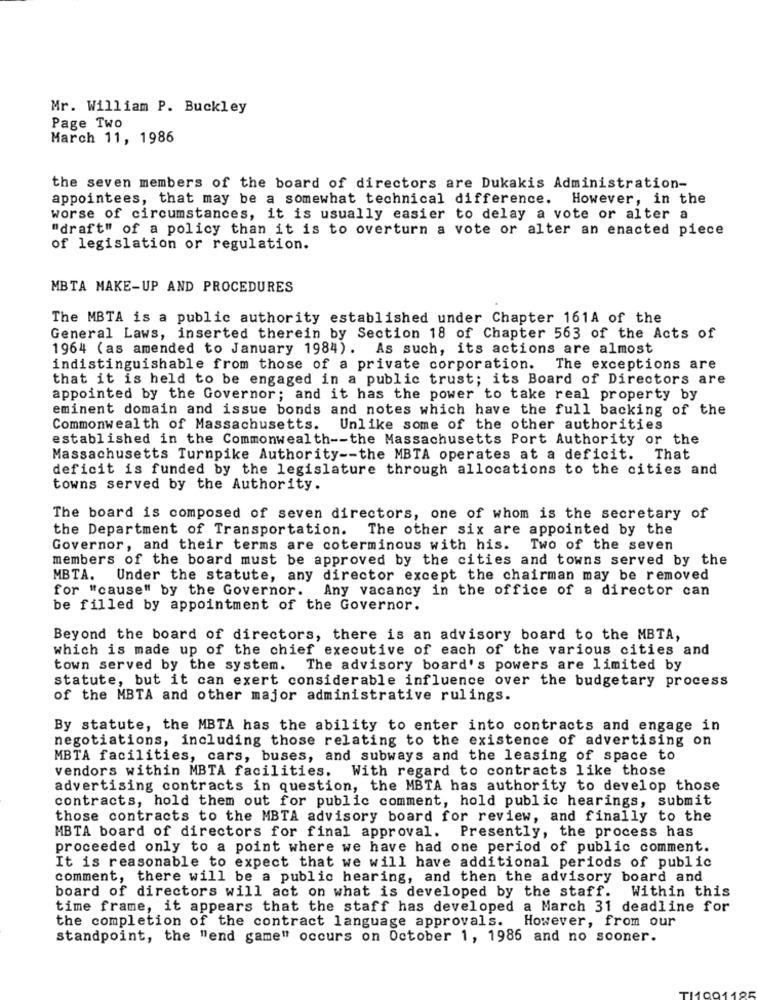
Mr. William P. Buckley
Page Two
March 11, 1986
the seven members of the board of directors are Dukakis Administration-
appointees, that may be a somewhat technical difference. However, in the
worse of circumstances, it is usually easier to delay a vote or alter a
"draft" of a policy than it is to overturn a vote or alter an enacted piece
of legislation or regulation.
MBTA MAKE-UP AND PROCEDURES
The MBTA is a public authority established under Chapter 161A of the
General Laws, inserted therein by Section 18 of Chapter 563 of the Acts of
1964 (as amended to January 1984). As such, its actions are almost
indistinguishable from those of a private corporation.
The exceptions are
that it is held to be engaged in a public trust; its Board of Directors are
appointed by the Governor; and it has the power to take real property by
eminent domain and issue bonds and notes which have the full backing of the
Commonwealth of Massachusetts. Unlike some of the other authorities
established in the Commonwealth -- the Massachusetts Port Authority or the
Massachusetts Turnpike Authority -- the MBTA operates at a deficit. That
deficit is funded by the legislature through allocations to the cities and
towns served by the Authority.
The board is composed of seven directors, one of whom is the secretary of
the Department of Transportation. The other six are appointed by the
Governor, and their terms are coterminous with his. Two of the seven
members of the board must be approved by the cities and towns served by the
MBTA. Under the statute, any director except the chairman may be removed
for "cause" by the Governor. Any vacancy in the office of a director can
be filled by appointment of the Governor.
Beyond the board of directors, there is an advisory board to the MBTA,
which is made up of the chief executive of each of the various cities and
town served by the system. The advisory board's powers are limited by
statute, but it can exert considerable influence over the budgetary process
of the MBTA and other major administrative rulings.
By statute, the MBTA has the ability to enter into contracts and engage in
negotiations, including those relating to the existence of advertising on
MBTA facilities, cars, buses, and subways and the leasing of space to
vendors within MBTA facilities. With regard to contracts like those
advertising contracts in question, the MBTA has authority to develop those
contracts, hold them out for public comment, hold public hearings, submit
those contracts to the MBTA advisory board for review, and finally to the
MBTA board of directors for final approval. Presently, the process has
proceeded only to a point where we have had one period of public comment.
It is reasonable to expect that we will have additional periods of public
comment, there will be a public hearing, and then the advisory board and
board of directors will act on what is developed by the staff. Within this
time frame, it appears that the staff has developed a March 31 deadline for
the completion of the contract language approvals.
However, from our
standpoint, the "end game" occurs on October 1, 1986 and no sooner.